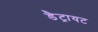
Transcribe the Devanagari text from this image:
डैट्रायट